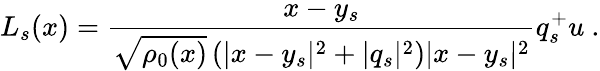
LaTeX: L_{s}(x)=\frac{x-y_{s}}{\sqrt{\rho_{0}(x)}\left(|x-y_{s}|^{2}+|q_{s}|^{2}\right)|x-y_{s}|^{2}}q_{s}^{+}u~.